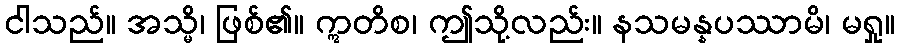
ငါသည်။ အသ္မိ၊ ဖြစ်၏။ ဣတိစ၊ ဤသို့လည်း။ နသမန္နပဿာမိ၊ မရှု။